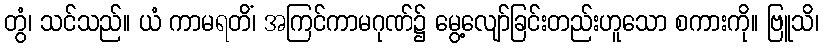
တွံ၊ သင်သည်။ ယံ ကာမရတိံ၊ အကြင်ကာမဂုဏ်၌ မွေ့လျော်ခြင်းတည်းဟူသော စကားကို။ ဗြူသိ၊